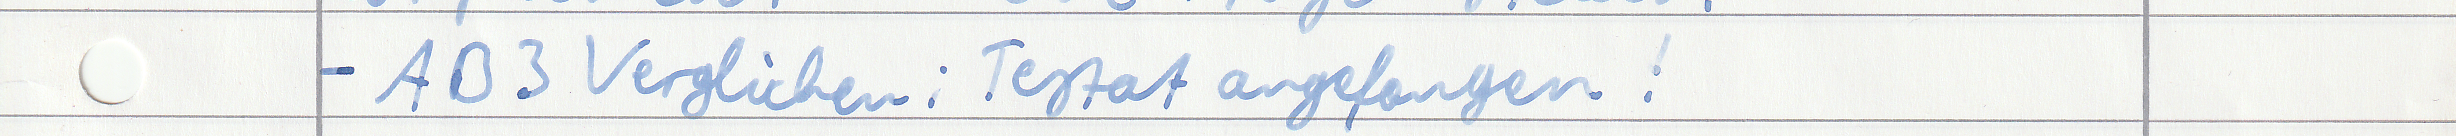
- AB 3 Verglichen ; Testat angefangen!